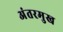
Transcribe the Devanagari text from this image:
अंतरमुख